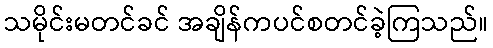
သမိုင်းမတင်ခင် အချိန်ကပင်စတင်ခဲ့ကြသည်။